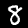
Label: 8